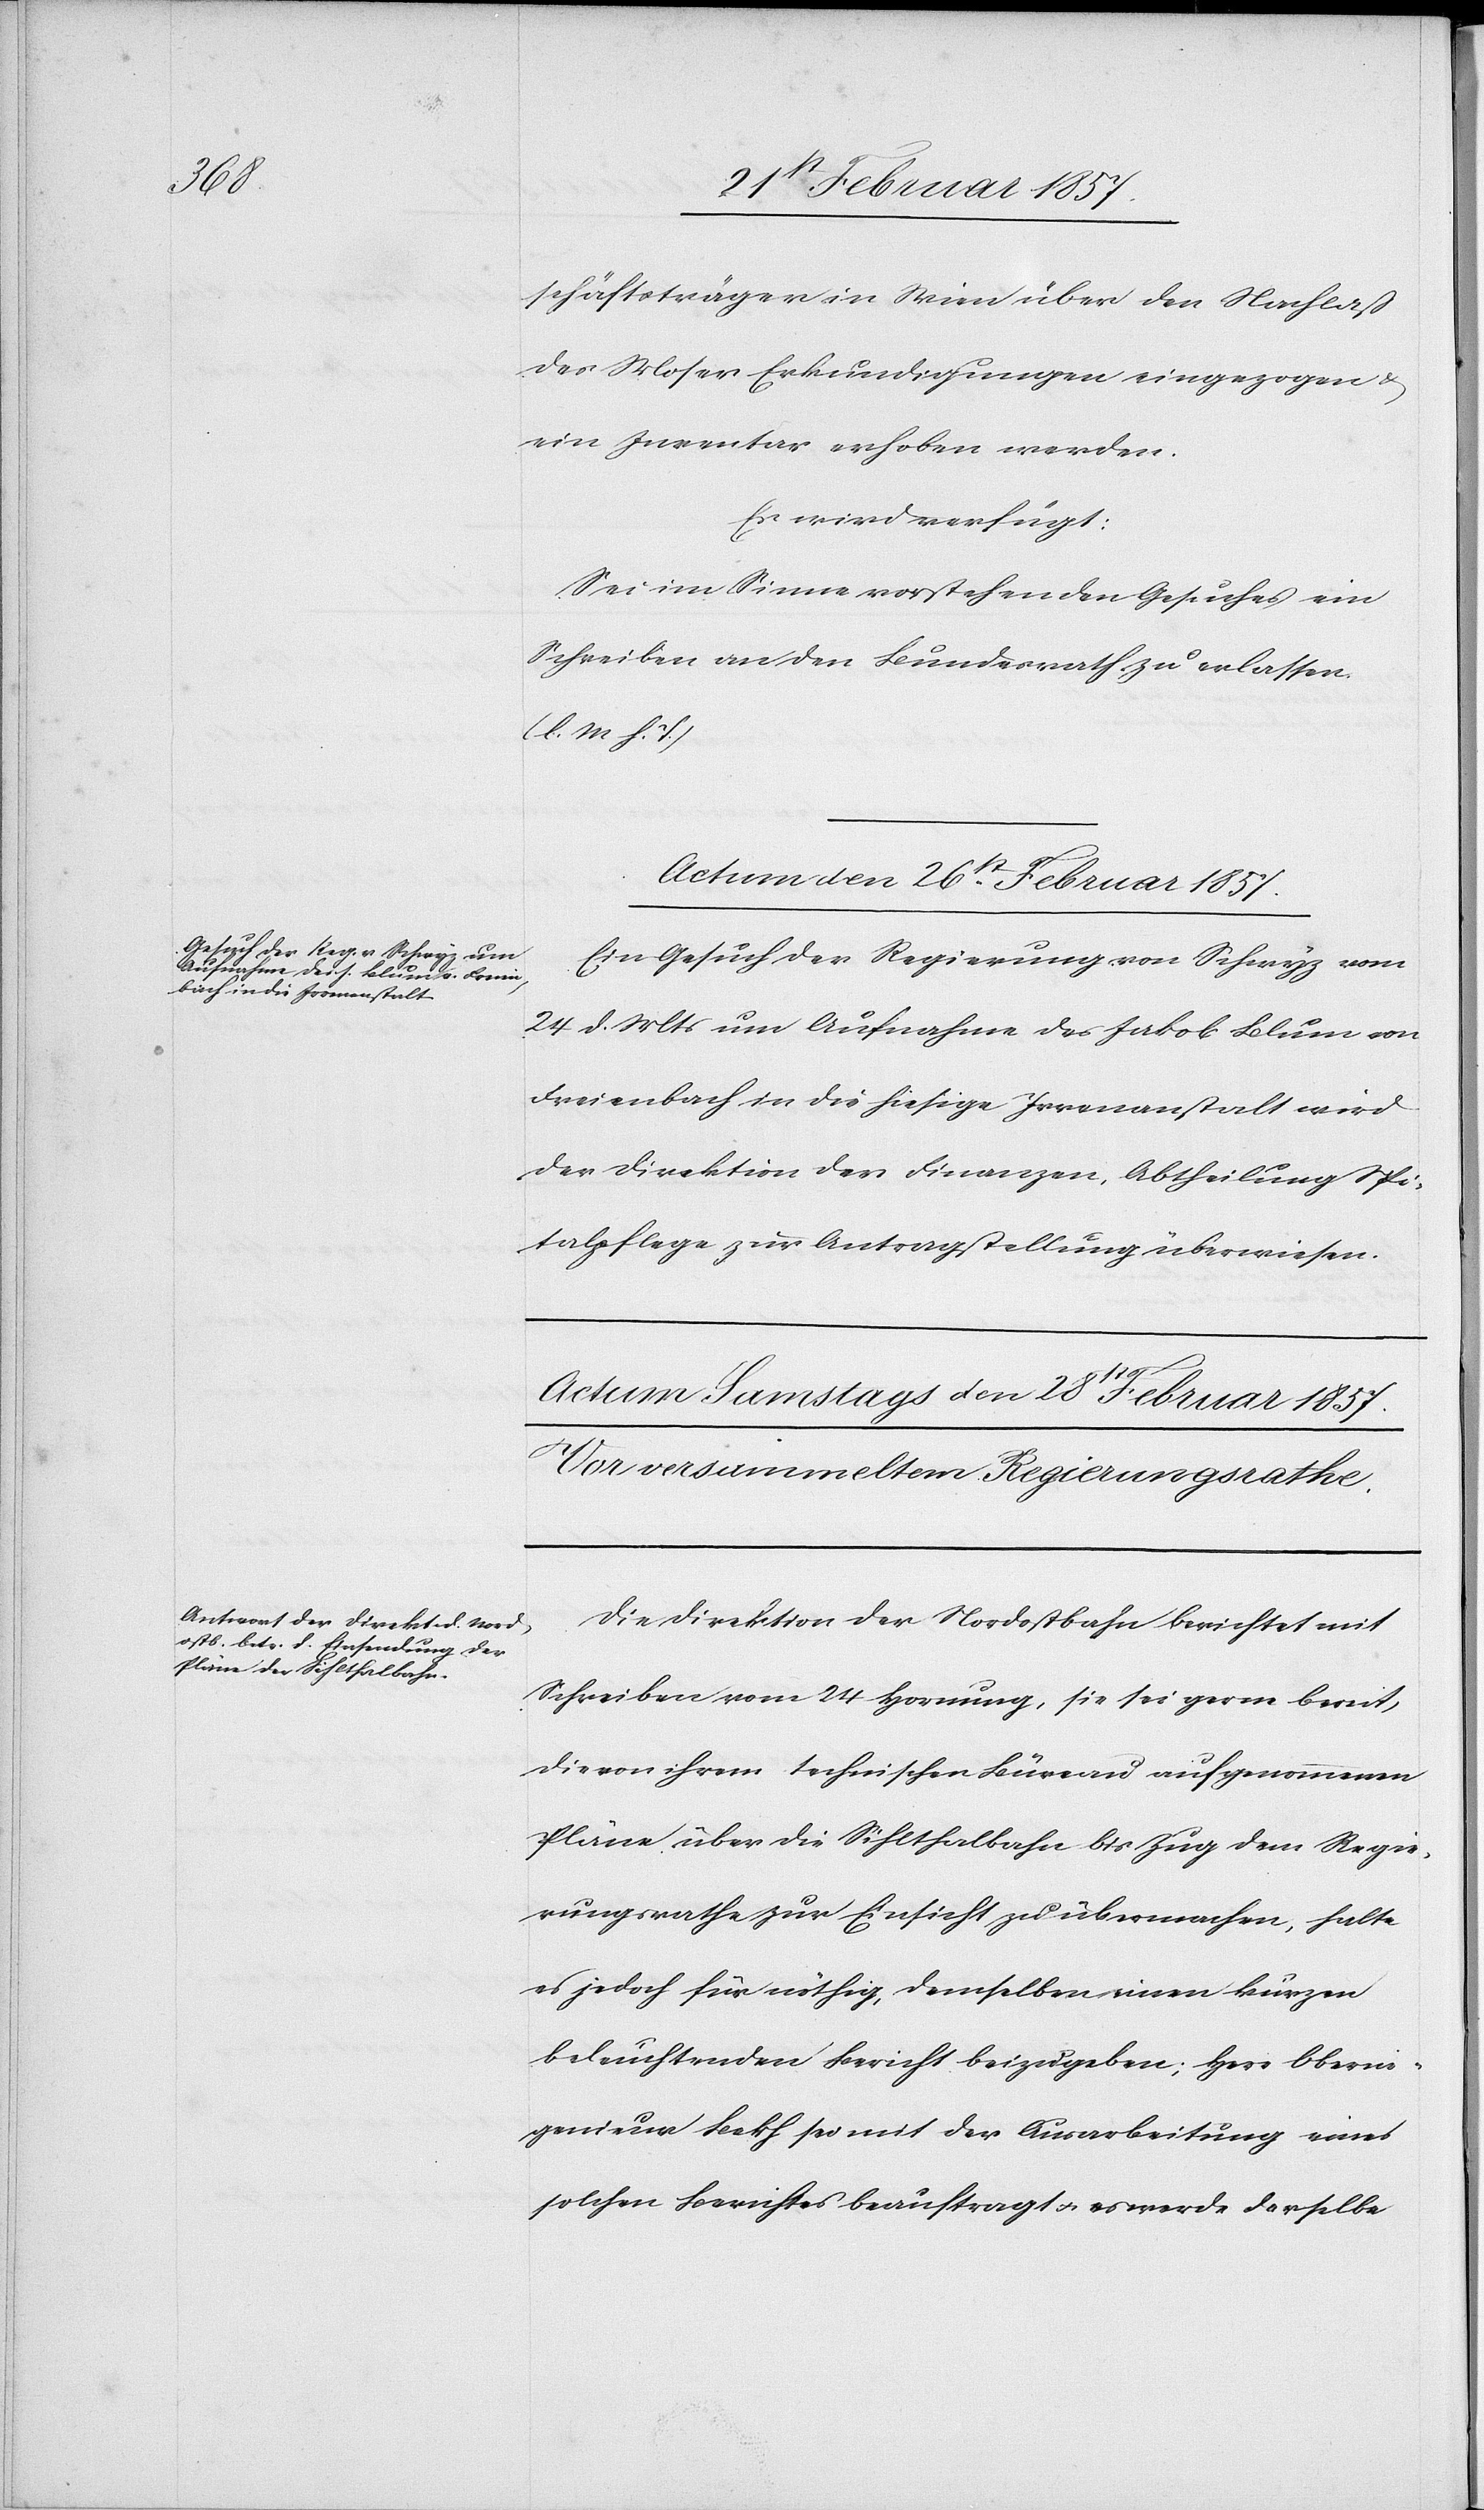
schäftsträger in Wien über den Nachlaß
des Moser Erkundigungen eingezogen u.
ein Inventar erhoben werden.
Es wird verfügt:
Sei im Sinne vorstehenden Gesuches ein
Schreiben an den Bundesrath zu erlassen
(l. M. h. T.)
Actum den 26st Februar 1857.
Ein Gesuch der Regierung von Schwyz vom
24 d. Mts um Aufnahme des Jakob Blum von
Freienbach in die hiesige Irrenanstalt wird
der Direktion der Finanzen, Abtheilung Spi¬
talpflege zur Antragstellung überwiesen.
Die Direktion der Nordostbahn berichtet mit
Schreiben vom 24 Hornung, sie sei gerne bereit,
die von ihrem technischen Büreau aufgenommenen
Pläne über die Sihlthalbahn bis Zug dem Regie¬
rungsrathe zur Einsicht zu übermachen, halte
es jedoch für nöthig, demselben einen kurzen
beleuchtenden Bericht beizugeben; Herr Oberin¬
genieur Bekh sei mit der Ausarbeitung eines
solchen Berichtes beauftragt u. es werde derselbe